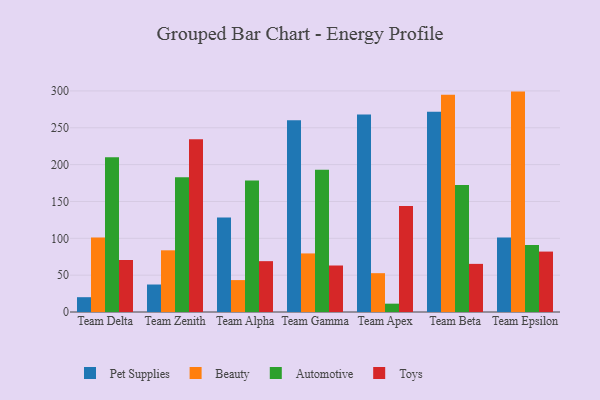
{"axis": {"x": "Team", "y": "Operating Costs (USD K)"}, "legend": ["Automotive", "Beauty", "Pet Supplies", "Toys"], "data": [{"x": "Team Delta", "y": 20.1, "type": "Pet Supplies"}, {"x": "Team Delta", "y": 101.0, "type": "Beauty"}, {"x": "Team Delta", "y": 210.0, "type": "Automotive"}, {"x": "Team Delta", "y": 70.6, "type": "Toys"}, {"x": "Team Zenith", "y": 37.3, "type": "Pet Supplies"}, {"x": "Team Zenith", "y": 83.7, "type": "Beauty"}, {"x": "Team Zenith", "y": 182.9, "type": "Automotive"}, {"x": "Team Zenith", "y": 234.5, "type": "Toys"}, {"x": "Team Alpha", "y": 128.3, "type": "Pet Supplies"}, {"x": "Team Alpha", "y": 43.3, "type": "Beauty"}, {"x": "Team Alpha", "y": 178.3, "type": "Automotive"}, {"x": "Team Alpha", "y": 69.0, "type": "Toys"}, {"x": "Team Gamma", "y": 260.2, "type": "Pet Supplies"}, {"x": "Team Gamma", "y": 79.5, "type": "Beauty"}, {"x": "Team Gamma", "y": 193.1, "type": "Automotive"}, {"x": "Team Gamma", "y": 63.1, "type": "Toys"}, {"x": "Team Apex", "y": 268.1, "type": "Pet Supplies"}, {"x": "Team Apex", "y": 52.7, "type": "Beauty"}, {"x": "Team Apex", "y": 11.3, "type": "Automotive"}, {"x": "Team Apex", "y": 143.9, "type": "Toys"}, {"x": "Team Beta", "y": 271.8, "type": "Pet Supplies"}, {"x": "Team Beta", "y": 294.9, "type": "Beauty"}, {"x": "Team Beta", "y": 172.2, "type": "Automotive"}, {"x": "Team Beta", "y": 65.3, "type": "Toys"}, {"x": "Team Epsilon", "y": 101.1, "type": "Pet Supplies"}, {"x": "Team Epsilon", "y": 299.1, "type": "Beauty"}, {"x": "Team Epsilon", "y": 91.0, "type": "Automotive"}, {"x": "Team Epsilon", "y": 82.0, "type": "Toys"}]}